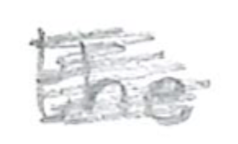
Text: the
Cross-out: scratch
Writing tool: pencil